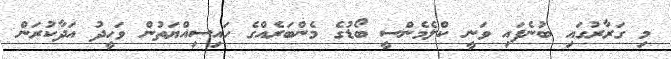
މި ގަރާރުގައި ބުނެފައި ވަނީ ކްލެމެންސީ ބޯޑުގެ މެންބަރެއްގެ ހައިސިއްޔަތުން ވަހީދު އަދާކުރަން